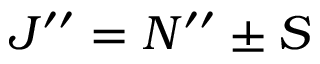
J ^ { \prime \prime } = N ^ { \prime \prime } \pm S